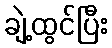
ချဲ့ထွင်ပြီး